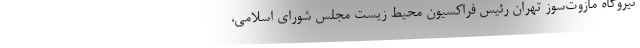
نیروگاه مازوت‌‌سوز تهران رئیس فراکسیون محیط زیست مجلس شورای اسلامی،